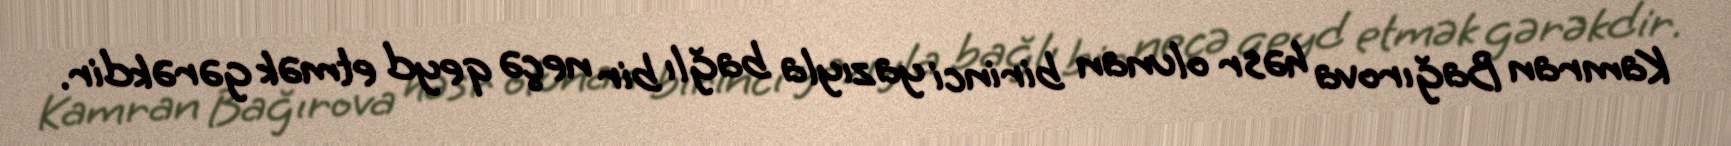
Kamran Bağırova həsr olunan birinci yazıyla bağlı bir neçə qeyd etmək gərəkdir.